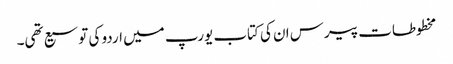
مخطوطات پیرس ان کی کتاب یورپ میں اردو کی توسیع تھی۔